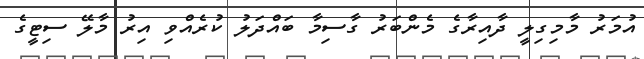
އުމަރު މާމިގިލީ ދާއިރާގެ މެންބަރު ގާސިމާ ބައްދަލު ކުރެއްވި އިރު މާލޭ ސިޓީގެ